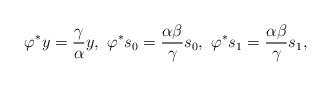
LaTeX: \begin{align*}\varphi^* y = \frac{\gamma}{\alpha} y, \ \varphi^* s_0 = \frac{\alpha \beta}{\gamma} s_0, \ \varphi^* s_1 = \frac{\alpha \beta}{\gamma} s_1,\end{align*}